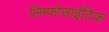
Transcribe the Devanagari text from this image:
लिम्फोसाईटिक